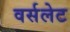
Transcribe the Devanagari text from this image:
वर्सलेट